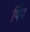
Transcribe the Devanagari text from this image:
पिंप